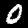
Label: 0